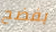
بفضح